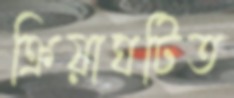
ক্রিয়াঘটিত